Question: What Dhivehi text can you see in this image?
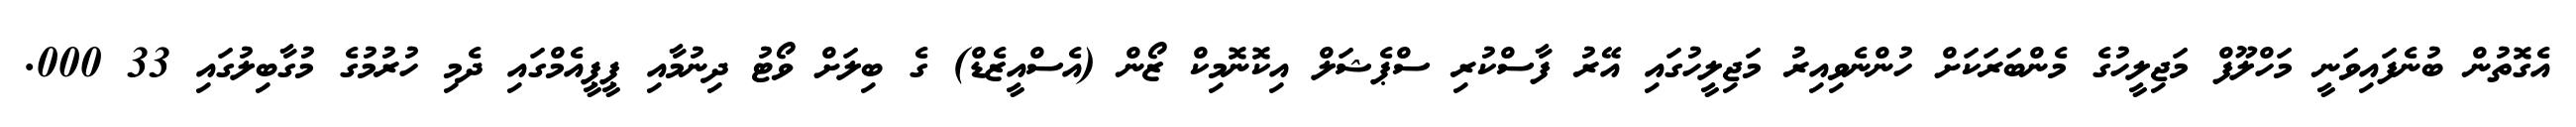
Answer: އެގޮތުން ބުނެފައިވަނީ މަހްލޫފް މަޖިލީހުގެ މެންބަރަކަށް ހުންނެވިއިރު މަޖިލީހުގައި އޭރު ފާސްކުރި ސްޕެޝަލް އިކޮނޮމިކް ޒޯން (އެސްއީޒެޑް) ގެ ބިލަށް ވޯޓު ދިނުމާއި ޕީޕީއެމްގައި ދެމި ހުރުމުގެ މުގާބިލުގައި 33 000.